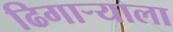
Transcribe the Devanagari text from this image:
ढिगाऱ्याला